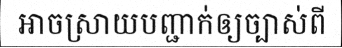
អាចស្រាយបញ្ជាក់ឲ្យច្បាស់ពី